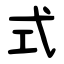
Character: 式